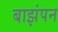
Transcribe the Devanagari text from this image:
बाझंपन